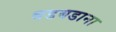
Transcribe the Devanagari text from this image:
बडबडाना